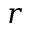
r